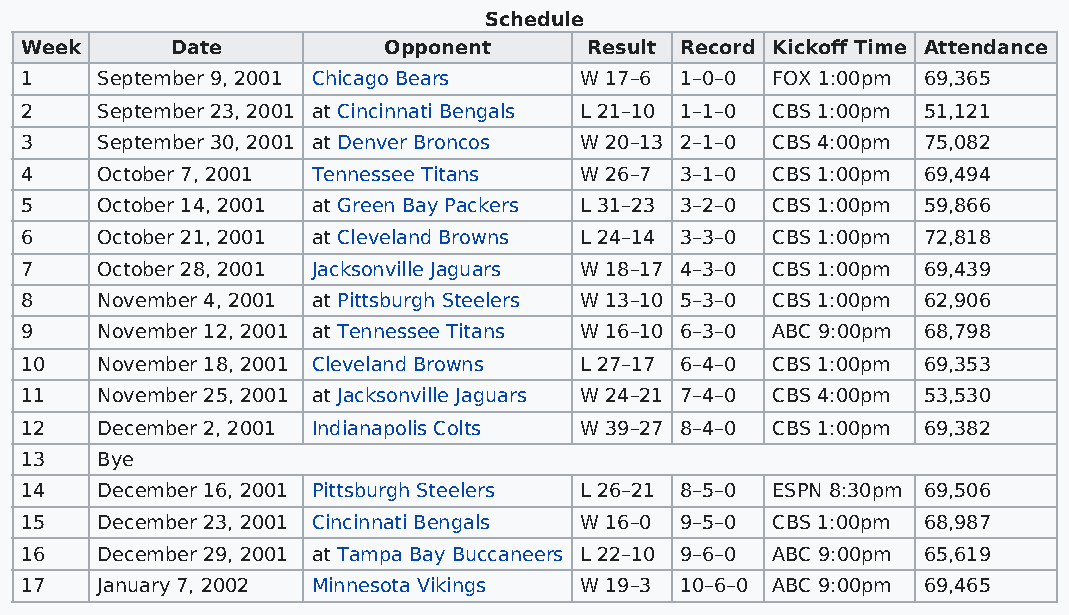
Schedule
 Week      Date          Opponent      Result Record Kickoff Time Attendance
 1    September 9, 2001 Chicago Bears W 17–6 1–0–0 FOX 1:00pm 69,365
 2    September 23, 2001 at Cincinnati Bengals L 21–10 1–1–0 CBS 1:00pm 51,121
 3    September 30, 2001 at Denver Broncos W 20–13 2–1–0 CBS 4:00pm 75,082
 4    October 7, 2001 Tennessee Titans W 26–7 3–1–0 CBS 1:00pm 69,494
 5    October 14, 2001 at Green Bay Packers L 31–23 3–2–0 CBS 1:00pm 59,866
 6    October 21, 2001 at Cleveland Browns L 24–14 3–3–0 CBS 1:00pm 72,818
 7    October 28, 2001 Jacksonville Jaguars W 18–17 4–3–0 CBS 1:00pm 69,439
 8    November 4, 2001 at Pittsburgh Steelers W 13–10 5–3–0 CBS 1:00pm 62,906
 9    November 12, 2001 at Tennessee Titans W 16–10 6–3–0 ABC 9:00pm 68,798
 10   November 18, 2001 Cleveland Browns L 27–17 6–4–0 CBS 1:00pm 69,353
 11   November 25, 2001 at Jacksonville Jaguars W 24–21 7–4–0 CBS 4:00pm 53,530
 12   December 2, 2001 Indianapolis Colts W 39–27 8–4–0 CBS 1:00pm 69,382
 13   Bye
 14   December 16, 2001 Pittsburgh Steelers L 26–21 8–5–0 ESPN 8:30pm 69,506
 15   December 23, 2001 Cincinnati Bengals W 16–0 9–5–0 CBS 1:00pm 68,987
 16   December 29, 2001 at Tampa Bay Buccaneers L 22–10 9–6–0 ABC 9:00pm 65,619
 17   January 7, 2002 Minnesota Vikings W 19–3 10–6–0 ABC 9:00pm 69,465